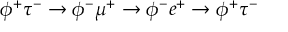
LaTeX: \phi ^ { + } \tau ^ { - } \rightarrow \phi ^ { - } \mu ^ { + } \rightarrow \phi ^ { - } e ^ { + } \rightarrow \phi ^ { + } \tau ^ { - }